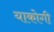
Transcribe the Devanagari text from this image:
याकोगी